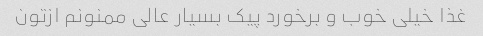
غذا خیلی خوب و برخورد پیک بسیار عالی ممنونم ازتون